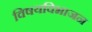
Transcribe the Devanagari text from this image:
विषयविभाजन